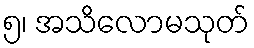
၅၊ အသိလောမသုတ်